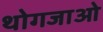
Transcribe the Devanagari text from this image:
थोगजाओ